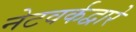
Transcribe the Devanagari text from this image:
नेटवर्कद्वारे